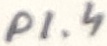
Text: P1.4